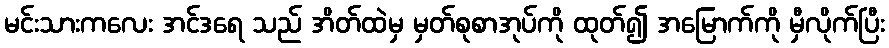
မင်းသားကလေး အင်ဒရေ သည် အိတ်ထဲမှ မှတ်စုစာအုပ်ကို ထုတ်၍ အမြောက်ကို မှီလိုက်ပြီး